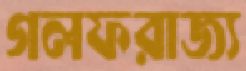
গলফরাজ্য